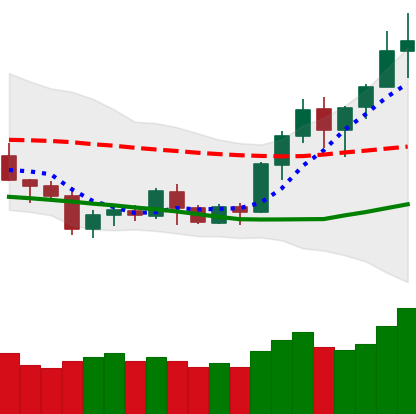
Ticker: BNB-USD
Chart end date: 2020-07-13
Forward return: -6.968%
Label: down_5_7